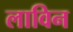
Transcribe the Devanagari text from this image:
लाविन